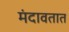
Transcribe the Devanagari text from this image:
मंदावतात